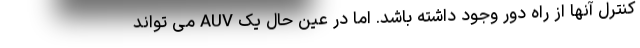
کنترل آنها از راه دور وجود داشته باشد. اما در عین حال یک AUV می تواند